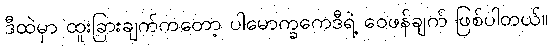
ဒီထဲမှာ ထူးခြားချက်ကတော့ ပါမောက္ခကေဒီရဲ့ ဝေဖန်ချက် ဖြစ်ပါတယ်။